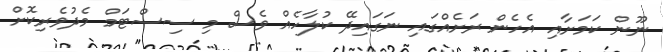
ނޫން ކަމަށާއި އެހެން ރަށެއްގައި ނަގައިދޭ ކުލާހެއް ވެސް މި ސިސްޓަމް މެދުވެރިކޮށް